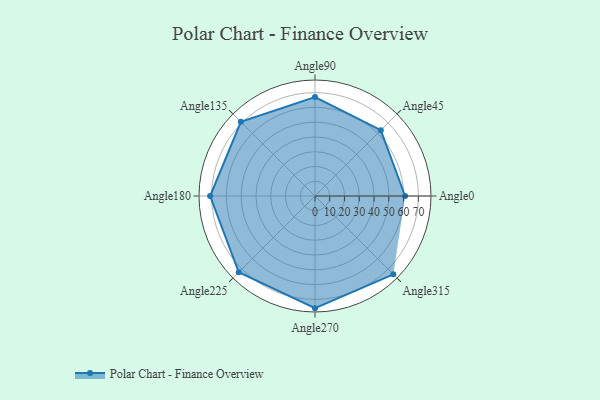
{"axis": {"x": "Angle", "y": "Radius"}, "legend": [""], "data": [{"x": "Angle0", "y": 61.0, "type": ""}, {"x": "Angle45", "y": 63.0, "type": ""}, {"x": "Angle90", "y": 67.0, "type": ""}, {"x": "Angle135", "y": 71.0, "type": ""}, {"x": "Angle180", "y": 71.0, "type": ""}, {"x": "Angle225", "y": 73.0, "type": ""}, {"x": "Angle270", "y": 76.0, "type": ""}, {"x": "Angle315", "y": 75.0, "type": ""}]}